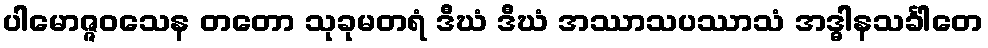
ပါမောဇ္ဇဝသေန တတော သုခုမတရံ ဒီဃံ ဒီဃံ အဿာသပဿာသံ အဒ္ဓါနသင်္ခါတေ